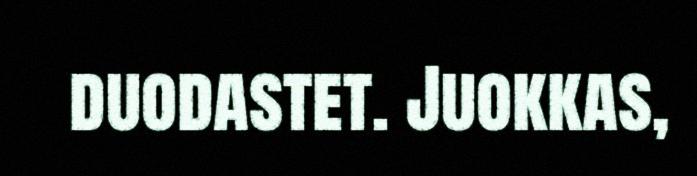
duodastet. Juokkas,